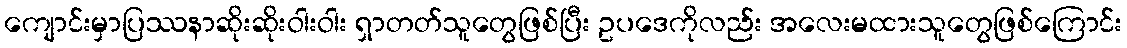
ကျောင်းမှာပြဿနာဆိုးဆိုးဝါးဝါး ရှာတတ်သူတွေဖြစ်ပြီး ဥပဒေကိုလည်း အလေးမထားသူတွေဖြစ်ကြောင်း